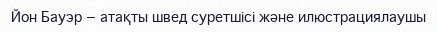
Йон Бауэр — атақты швед суретшісі және илюстрациялаушы